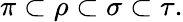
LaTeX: \pi\subset\rho\subset\sigma\subset\tau.